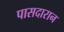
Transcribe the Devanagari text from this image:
पासदारान